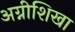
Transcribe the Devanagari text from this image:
अग्नीशिखा